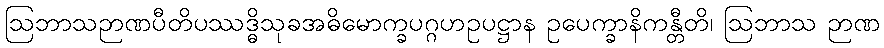
ဩဘာသဉာဏပီတိပဿဒ္ဓိသုခအဓိမောက္ခပဂ္ဂဟဥပဋ္ဌာန ဥပေက္ခာနိကန္တီတိ၊ ဩဘာသ ဉာဏ